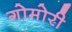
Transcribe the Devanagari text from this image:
गोमोरी